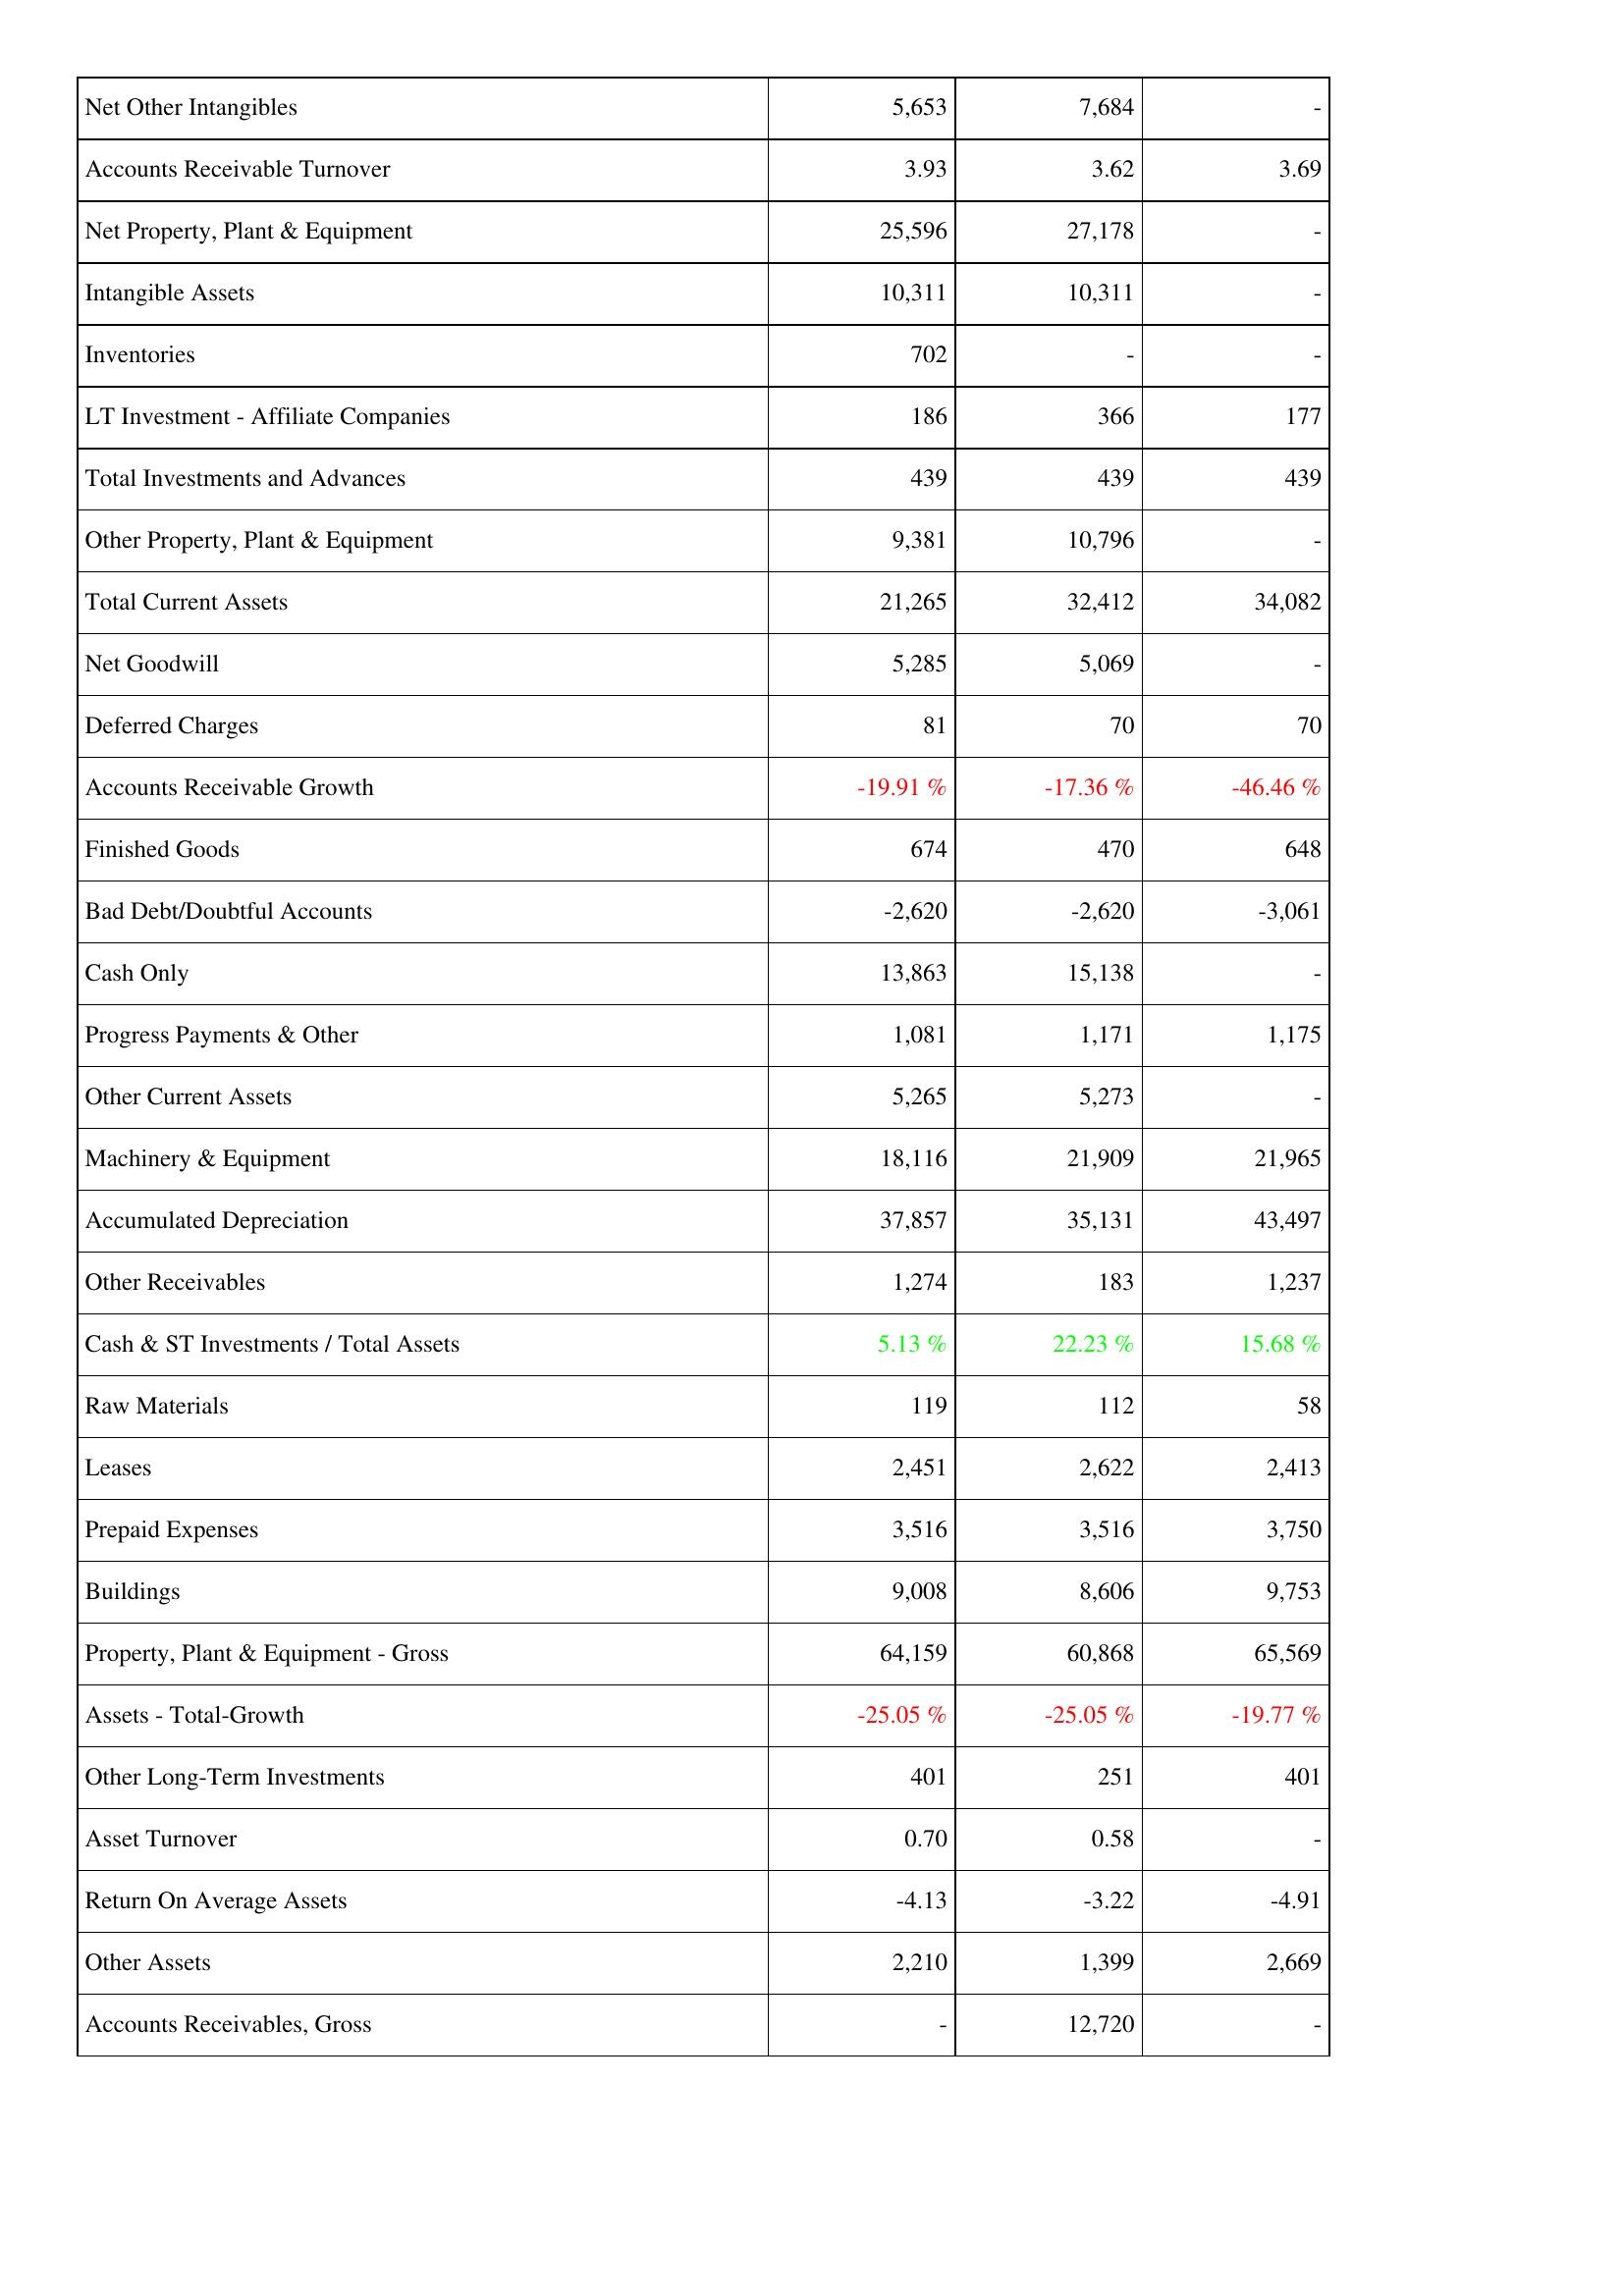
2016: Assets: Net Other Intangibles: 5,653
Accounts Receivable Turnover: 3.93
Net Property, Plant & Equipment: 25,596
Intangible Assets: 10,311
Inventories: 702
LT Investment - Affiliate Companies: 186
Total Investments and Advances: 439
Other Property, Plant & Equipment: 9,381
Total Current Assets: 21,265
Net Goodwill: 5,285
Deferred Charges: 81
Accounts Receivable Growth: -19.91 %
Finished Goods: 674
Bad Debt/Doubtful Accounts: -2,620
Cash Only: 13,863
Progress Payments & Other: 1,081
Other Current Assets: 5,265
Machinery & Equipment: 18,116
Accumulated Depreciation: 37,857
Other Receivables: 1,274
Cash & ST Investments / Total Assets: 5.13 %
Raw Materials: 119
Leases: 2,451
Prepaid Expenses: 3,516
Buildings: 9,008
Property, Plant & Equipment - Gross: 64,159
Assets - Total-Growth: -25.05 %
Other Long-Term Investments: 401
Asset Turnover: 0.70
Return On Average Assets: -4.13
Other Assets: 2,210
Accounts Receivables, Gross: -
2015: Assets: Net Other Intangibles: 7,684
Accounts Receivable Turnover: 3.62
Net Property, Plant & Equipment: 27,178
Intangible Assets: 10,311
Inventories: -
LT Investment - Affiliate Companies: 366
Total Investments and Advances: 439
Other Property, Plant & Equipment: 10,796
Total Current Assets: 32,412
Net Goodwill: 5,069
Deferred Charges: 70
Accounts Receivable Growth: -17.36 %
Finished Goods: 470
Bad Debt/Doubtful Accounts: -2,620
Cash Only: 15,138
Progress Payments & Other: 1,171
Other Current Assets: 5,273
Machinery & Equipment: 21,909
Accumulated Depreciation: 35,131
Other Receivables: 183
Cash & ST Investments / Total Assets: 22.23 %
Raw Materials: 112
Leases: 2,622
Prepaid Expenses: 3,516
Buildings: 8,606
Property, Plant & Equipment - Gross: 60,868
Assets - Total-Growth: -25.05 %
Other Long-Term Investments: 251
Asset Turnover: 0.58
Return On Average Assets: -3.22
Other Assets: 1,399
Accounts Receivables, Gross: 12,720
2014: Assets: Net Other Intangibles: -
Accounts Receivable Turnover: 3.69
Net Property, Plant & Equipment: -
Intangible Assets: -
Inventories: -
LT Investment - Affiliate Companies: 177
Total Investments and Advances: 439
Other Property, Plant & Equipment: -
Total Current Assets: 34,082
Net Goodwill: -
Deferred Charges: 70
Accounts Receivable Growth: -46.46 %
Finished Goods: 648
Bad Debt/Doubtful Accounts: -3,061
Cash Only: -
Progress Payments & Other: 1,175
Other Current Assets: -
Machinery & Equipment: 21,965
Accumulated Depreciation: 43,497
Other Receivables: 1,237
Cash & ST Investments / Total Assets: 15.68 %
Raw Materials: 58
Leases: 2,413
Prepaid Expenses: 3,750
Buildings: 9,753
Property, Plant & Equipment - Gross: 65,569
Assets - Total-Growth: -19.77 %
Other Long-Term Investments: 401
Asset Turnover: -
Return On Average Assets: -4.91
Other Assets: 2,669
Accounts Receivables, Gross: -